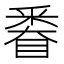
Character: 𨤗